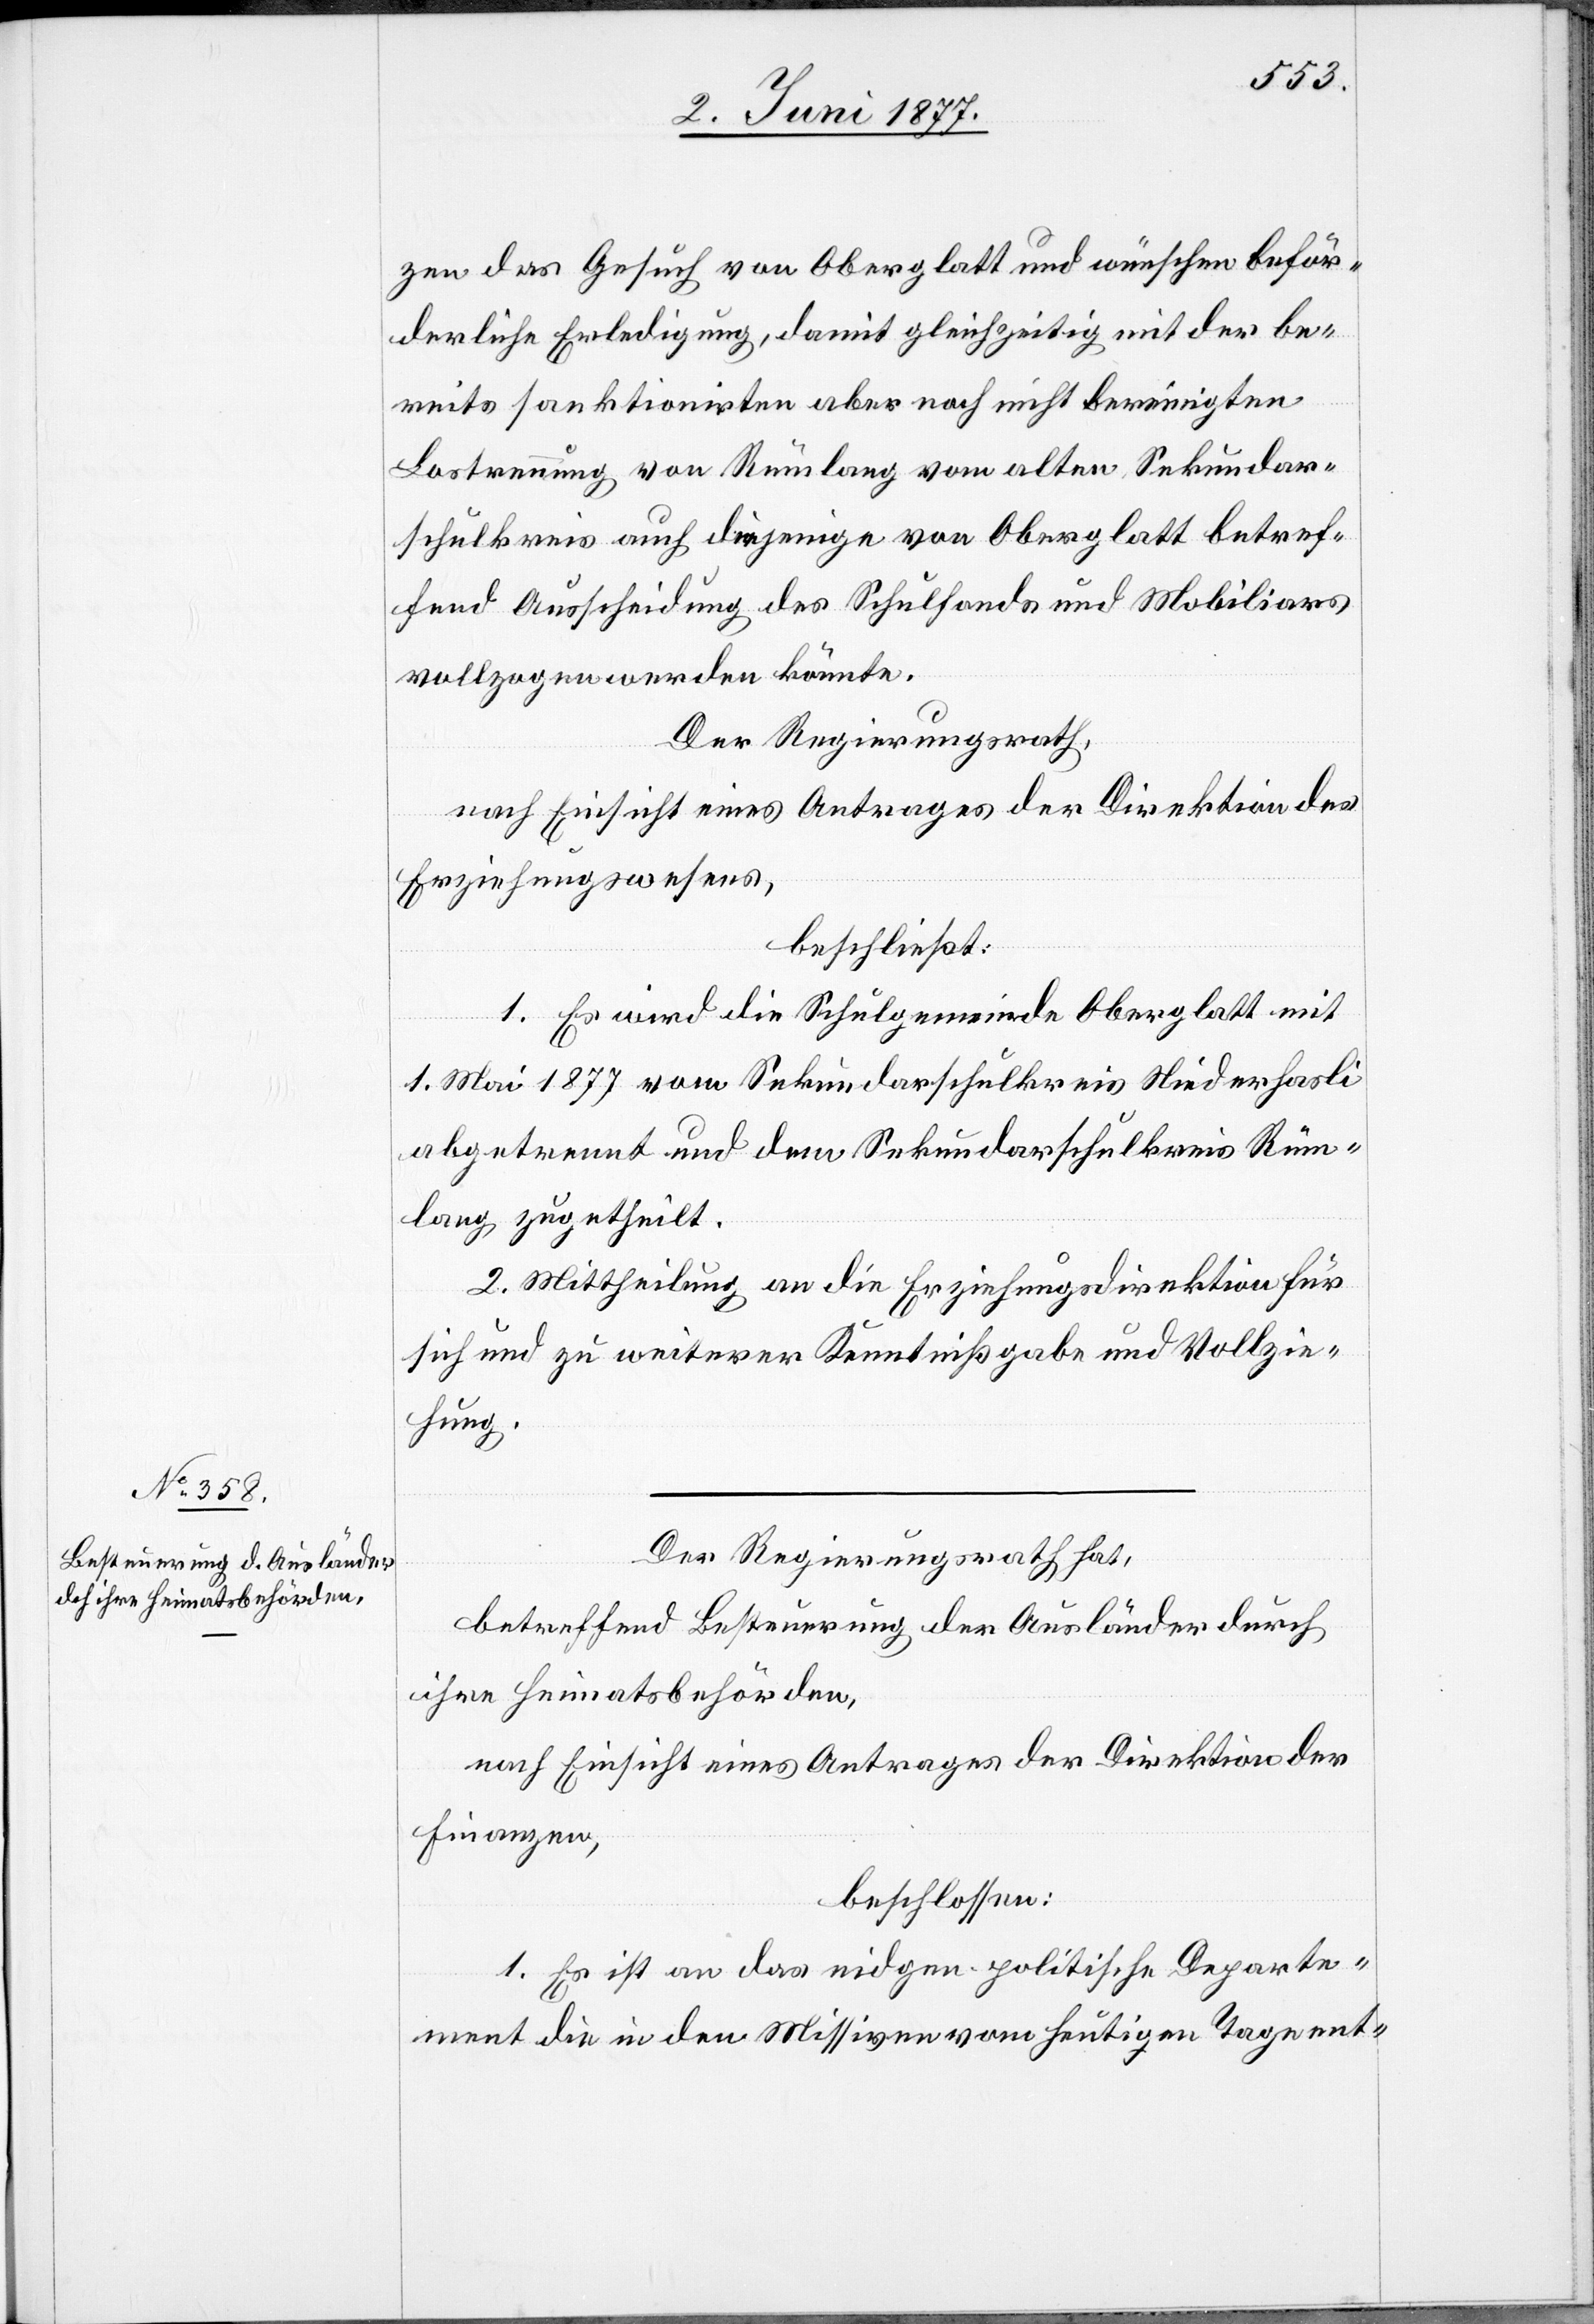
das Gesuch von Oberglatt und wünschen beför¬
derliche Erledigung, damit gleichzeitig mit der be¬
reits sanktionirten aber noch nicht bereinigten
Lostrennung von Rümlang vom alten Sekundar¬
schulkreis auch diejenige von Oberglatt betref¬
fend Ausscheidung des Schulfonds und Mobiliars
vollzogen werden könnte.
Der Regierungsrath,
nach Einsicht eines Antrages der Direktion des
Erziehungswesens,
beschließt:
1. Es wird die Schulgemeinde mit 1. Mai
abgetrennt und dem Sekundarschulkreis Rüm¬
lang zugetheilt.
2. Mittheilung an die Erziehungsdirektion für
sich und zu weiterer Kenntnißgabe und Vollzie¬
hung.
Der Regierungsrath hat,
betreffend Besteuerung der Ausländer durch
ihre Heimatsbehörden,
nach Einsicht eines Antrages der Direktion der
Finanzen,
beschlossen:
1. Es ist an das eidgen. politische Departe¬
ment die in den Missiven vom heutigen Tage ent-